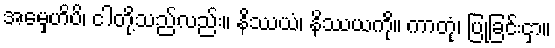
အမှေဟိပိ၊ ငါတို့သည်လည်း။ နိဿယံ၊ နိဿယကို။ ကာတုံ၊ ပြုခြင်းငှာ။